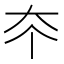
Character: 𡗟